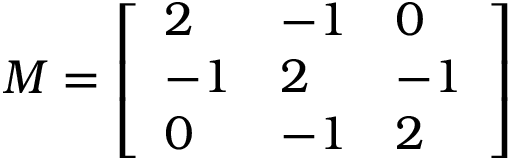
M = { \left[ \begin{array} { l l l } { 2 } & { - 1 } & { 0 } \\ { - 1 } & { 2 } & { - 1 } \\ { 0 } & { - 1 } & { 2 } \end{array} \right] }